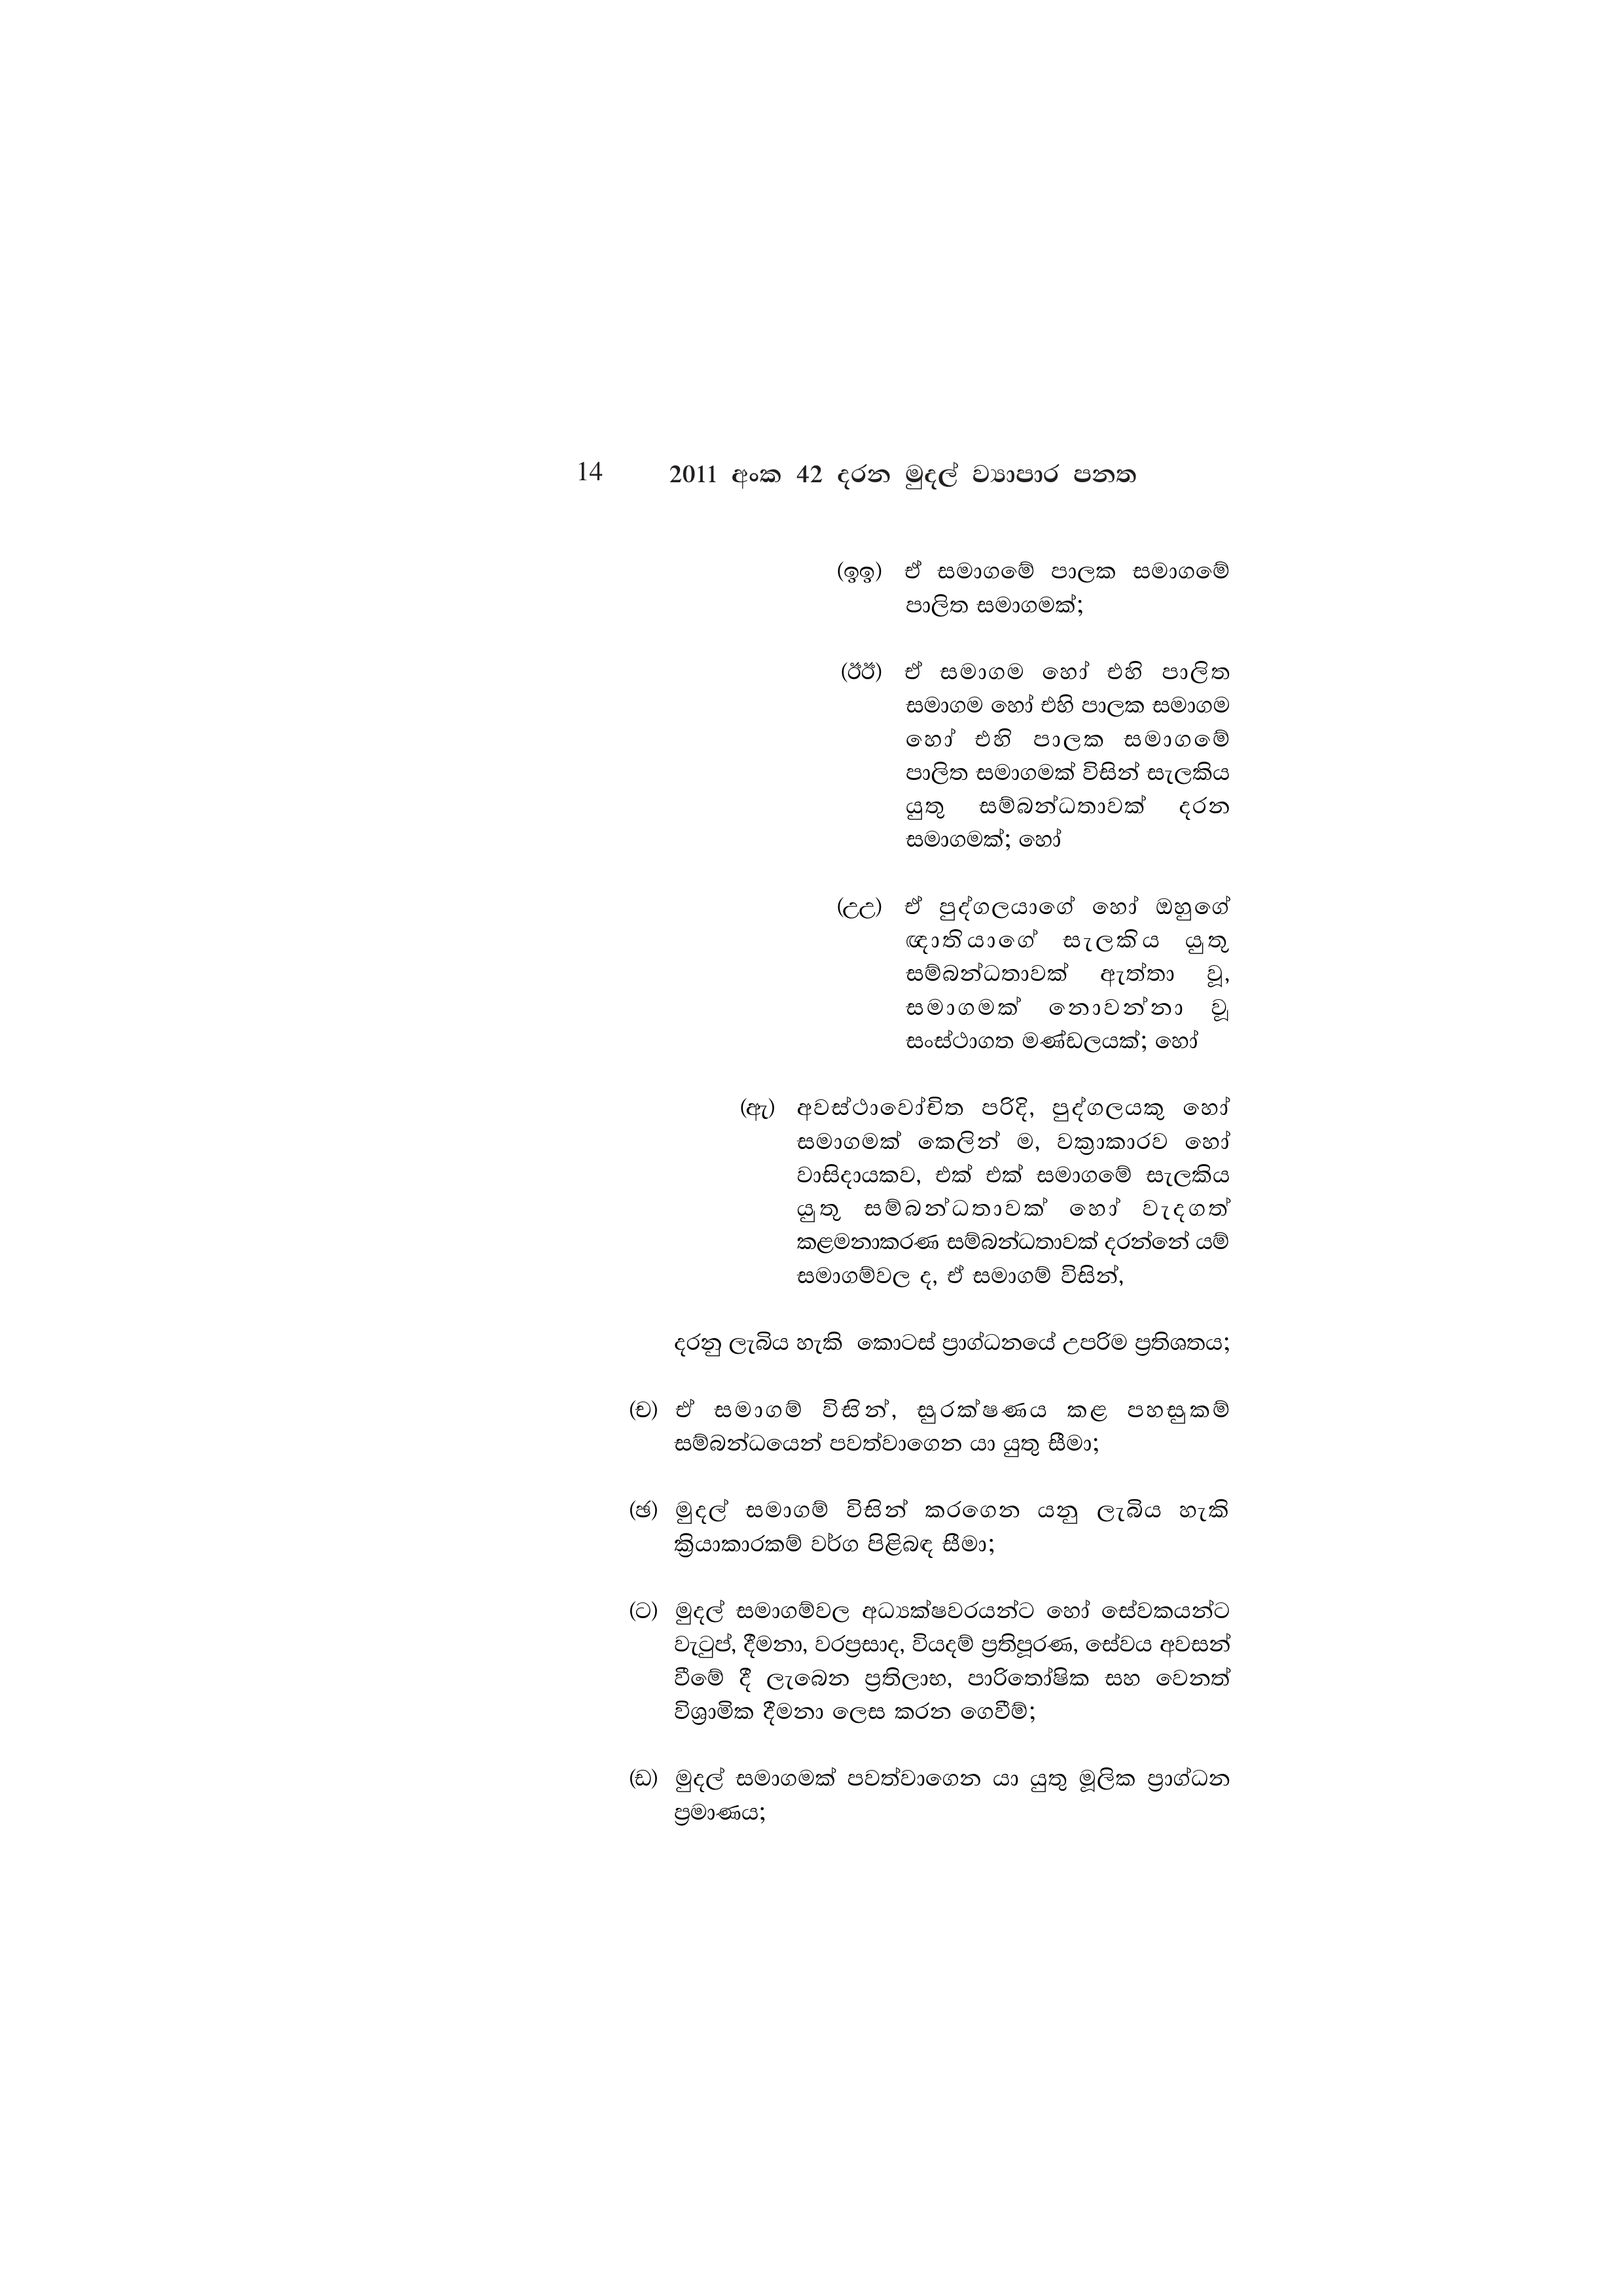
14 2011 අංක 42 දරන මුදල් ව්‍යාපාර පනත

(ඉඉ) ඒ සමාගමේ පාලක සමාගමේ
පාලිත සමාගමක්;

(ඊඊ) ඒ සමාගම හෝ එහි පාලිත
සමාගම හෝ එහි පාලක සමාගම
හෝ එහි පාලක සමාගමේ
පාලිත සමාගමක් විසින් සැලකිය
යුතු සම්බන්ධතාවක් දරන
සමාගමක්; හෝ

(උඋ) ඒ පුද්ගලයාගේ හෝ ඔහුගේ
ඥාතියාගේ සැලකිය යුතු
සම්බන්ධතාවක් ඇත්තා වූ,
සමාගමක් නොවන්නා වූ
සංස්ථාගත මණ්ඩලයක්; හෝ

(ඇ) අවස්ථාවෝචිත පරිදි, පුද්ගලයකු හෝ
සමාගමක් කෙලින් ම, වක්‍රාකාරව හෝ
වාසිදායකව, එක් එක් සමාගමේ සැලකිය
යුතූ සම්බන්ධතාවක් හෝ වැදගත්
කළමනාකරණ සම්බන්ධතාවක් දරන්නේ යම්
සමාගම්වල ද, ඒ සමාගම් විසින්,

දරනු ලැබිය හැකි කොටස් ප්‍රාග්ධනයේ උපරිම ප්‍රතිශතය;

(ච) ඒ සමාගම් විසින්, සුරක්ෂණය කළ පහසුකම්
සම්බන්ධයෙන් පවත්වාගෙන යා යුතු සීමා;

(ඡ) මුදල් සමාගම් විසින් කරගෙන යනු ලැබිය හැකි
ක්‍රියාකාරකම් වර්ග පිළිබඳ සීමා;

(ට) මුදල් සමාගම්වල අධ්‍යක්ෂවරයන්ට හෝ සේවකයන්ට
වැටුප්, දීමනා, වරප්‍රසාද, වියදම් ප්‍රතිපූරණ, සේවය අවසන්
වීමේ දී ලැබෙන ප්‍රතිලාභ, පාරිතෝෂික සහ වෙනත්
විශ්‍රාමික දීමනා ලෙස කරන ගෙවීම්;

(ඩ) මුදල් සමාගමක් පවත්වාගෙන යා යුතු මූලික ප්‍රාග්ධන
ප්‍රමාණය;